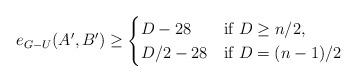
LaTeX: \begin{align*}e_{G - U}(A',B') \ge \begin{cases}D - 28 & \textrm{if $D \ge n/2$,}\\D/2 - 28 & \textrm{if $D = (n-1)/2$}\end{cases}\end{align*}